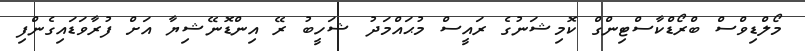
މޯލްޑިވްސް ބްރޯޑްކާސްޓިންގް ކޮމިޝަނުގެ ރައީސް މުޙައްމަދު ޝަހީބު ރޭ އިންޑޮނޭޝިޔާ އަށް ފުރާވަޑައިގެންފި